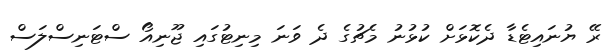
ރޭ ޔުނައިޓެޑާ ދެކޮޅަށް ކުޅުނު މެޗުގެ ދެ ވަނަ މިނިޓުގައި ޖޫނިއޯ ސްޓަނިސްލަސް